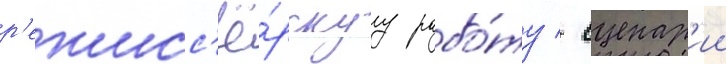
р'ежисс'ё́рскуу рабо́ту / сценар'ии